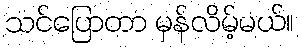
သင်ပြောတာ မှန်လိမ့်မယ်။